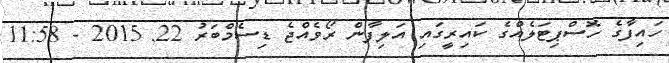
ހައިފާގެ ހޮސްޕިޓަލެއްގެ ކައިރީގައި އަލިފާން ރޯވެއްޖެ ޑިސެމްބަރު 22